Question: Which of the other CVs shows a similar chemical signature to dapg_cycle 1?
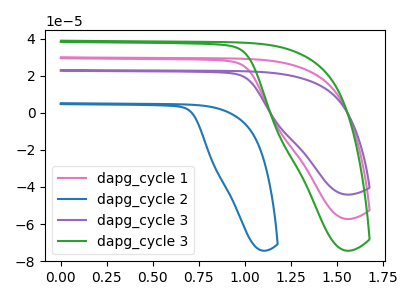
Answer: <think>The pink curve "dapg_cycle 1" has no peaks. The blue curve "dapg_cycle 2" has no peaks. The purple curve "dapg_cycle 3" has no peaks. The green curve "dapg_cycle 3" has no peaks.
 Neither "dapg_cycle 1" or "dapg_cycle 2" have any peaks. Neither "dapg_cycle 1" or "dapg_cycle 3" have any peaks. Neither "dapg_cycle 1" or "dapg_cycle 3" have any peaks. Neither "dapg_cycle 2" or "dapg_cycle 3" have any peaks. Neither "dapg_cycle 2" or "dapg_cycle 3" have any peaks. Neither "dapg_cycle 3" or "dapg_cycle 3" have any peaks.</think>
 <answer>"dapg_cycle 1", "dapg_cycle 2" and "dapg_cycle 3" have a similar shape to "dapg_cycle 3".</answer>
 <eval>"dapg_cycle 1" "dapg_cycle 2" "dapg_cycle 3"</eval>